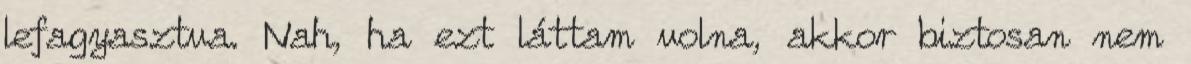
lefagyasztva. Nah, ha ezt láttam volna, akkor biztosan nem